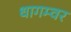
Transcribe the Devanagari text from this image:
धागम्वर